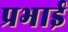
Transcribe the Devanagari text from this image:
प्रभाई